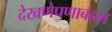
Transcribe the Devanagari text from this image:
देखणेपणाबद्दल